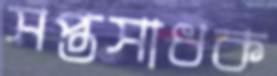
সপ্তসাধক